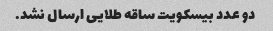
دو عدد بیسکویت ساقه طلایی ارسال نشد.